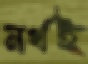
নর্থই